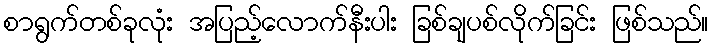
စာရွက်တစ်ခုလုံး အပြည့်လောက်နီးပါး ခြစ်ချပစ်လိုက်ခြင်း ဖြစ်သည်။